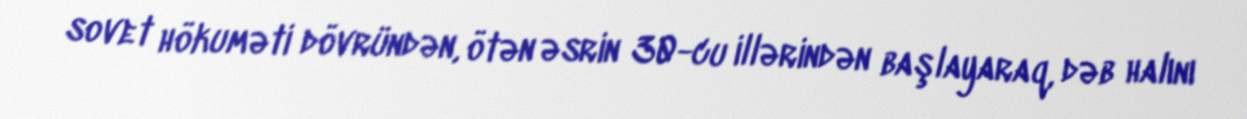
sovet hökuməti dövründən, ötən əsrin 30-cu illərindən başlayaraq, dəb halını